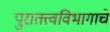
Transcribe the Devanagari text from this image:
पुरातत्त्वविभागाचे